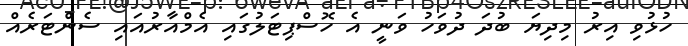
ހުޅުވި އިރު މިދިޔަ ބުދަ ދުވަހު ވަނީ އެ ހޮސްޕިޓަލުގައި އެމްއާރުއައި ސެންޓަރެއް